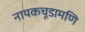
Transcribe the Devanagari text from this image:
नायकचूडामणि